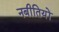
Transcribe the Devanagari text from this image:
नबीतियों